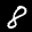
Label: 8